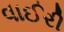
વાઈરી